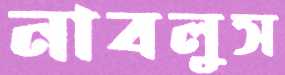
নাবলুস